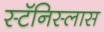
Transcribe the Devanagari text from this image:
स्टॅनिस्लास